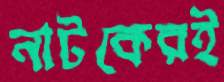
নাটকেরই